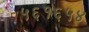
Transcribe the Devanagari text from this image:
५६१६५४